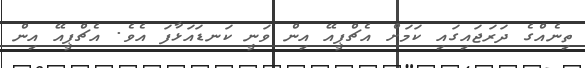
ތިނެއްގެ ދަރަޖައިގައި ކަމަށް އެޗްޕީއޭ އިން ވަނީ ކަނޑައަޅާފަ އެވެ. އެޗްޕީއޭ އިން